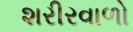
શરીરવાળો